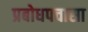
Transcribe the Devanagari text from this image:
प्रबोधपचासा